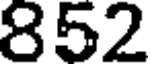
852